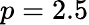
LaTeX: p=2.5